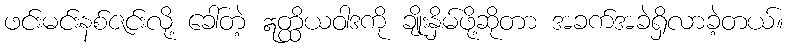
ဖင်းမင်းနစ်ဇင်းလို့ ခေါ်တဲ့ ဣတ္ထိယဝါဒကို ချိုးနှိမ်ဖို့ဆိုတာ အခက်အခဲရှိလာခဲ့တယ်။